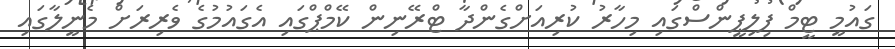
ގައުމީ ޓީމް ފިލިޕީންސްގައި މިހާރު ކުރިއަށްގެންދާ ޓްރޭނިން ކޭމްޕްގައި އެގައުމުގެ ވެރިރަށް މެނީލާގައި